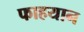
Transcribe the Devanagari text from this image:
फाहयान